Scottish Certificate of Education, 1962
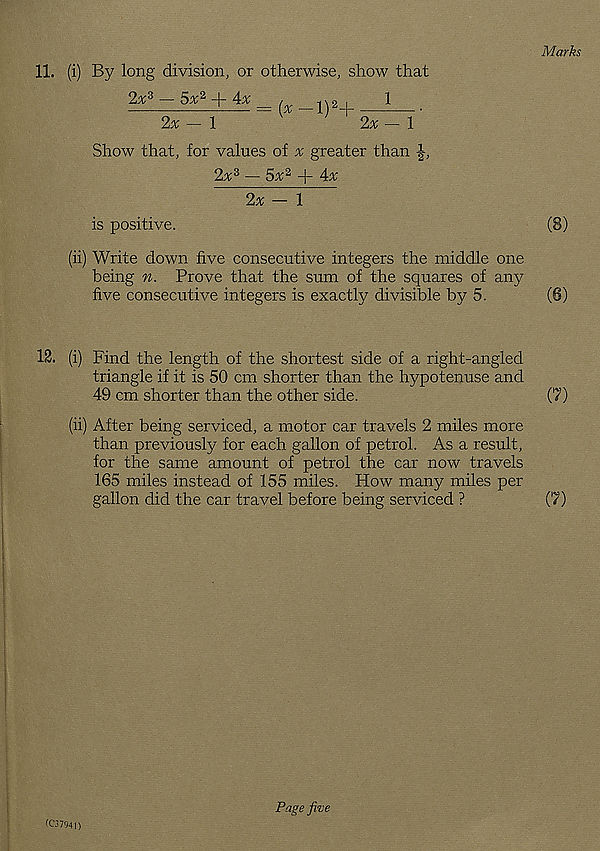
Marks
11. (i) By long division, or otherwise, show that
2^3 — 5x 2 + Ax = ,
2_,
1
.
2* - 1
' 2% - 1
Show that, for values of v greater than
2v 3 — 5a; 2 + 4a;
2a; - 1
is positive.
(8)
(ii) Write down five consecutive integers the middle one
being n. Prove that the sum of the squares of any
five consecutive integers is exactly divisible by 5.
(6)
12. (i) Find the length of the shortest side of a right-angled
triangle if it is 50 cm shorter than the hypotenuse and
49 cm shorter than the other side.
(7)
(ii) After being serviced, a motor car travels 2 miles more
than previously for each gallon of petrol. As a result,
for the same amount of petrol the car now travels
165 miles instead of 155 miles. How many miles per
gallon did the car travel before being serviced ?
(7)
(C3794I)
Page five